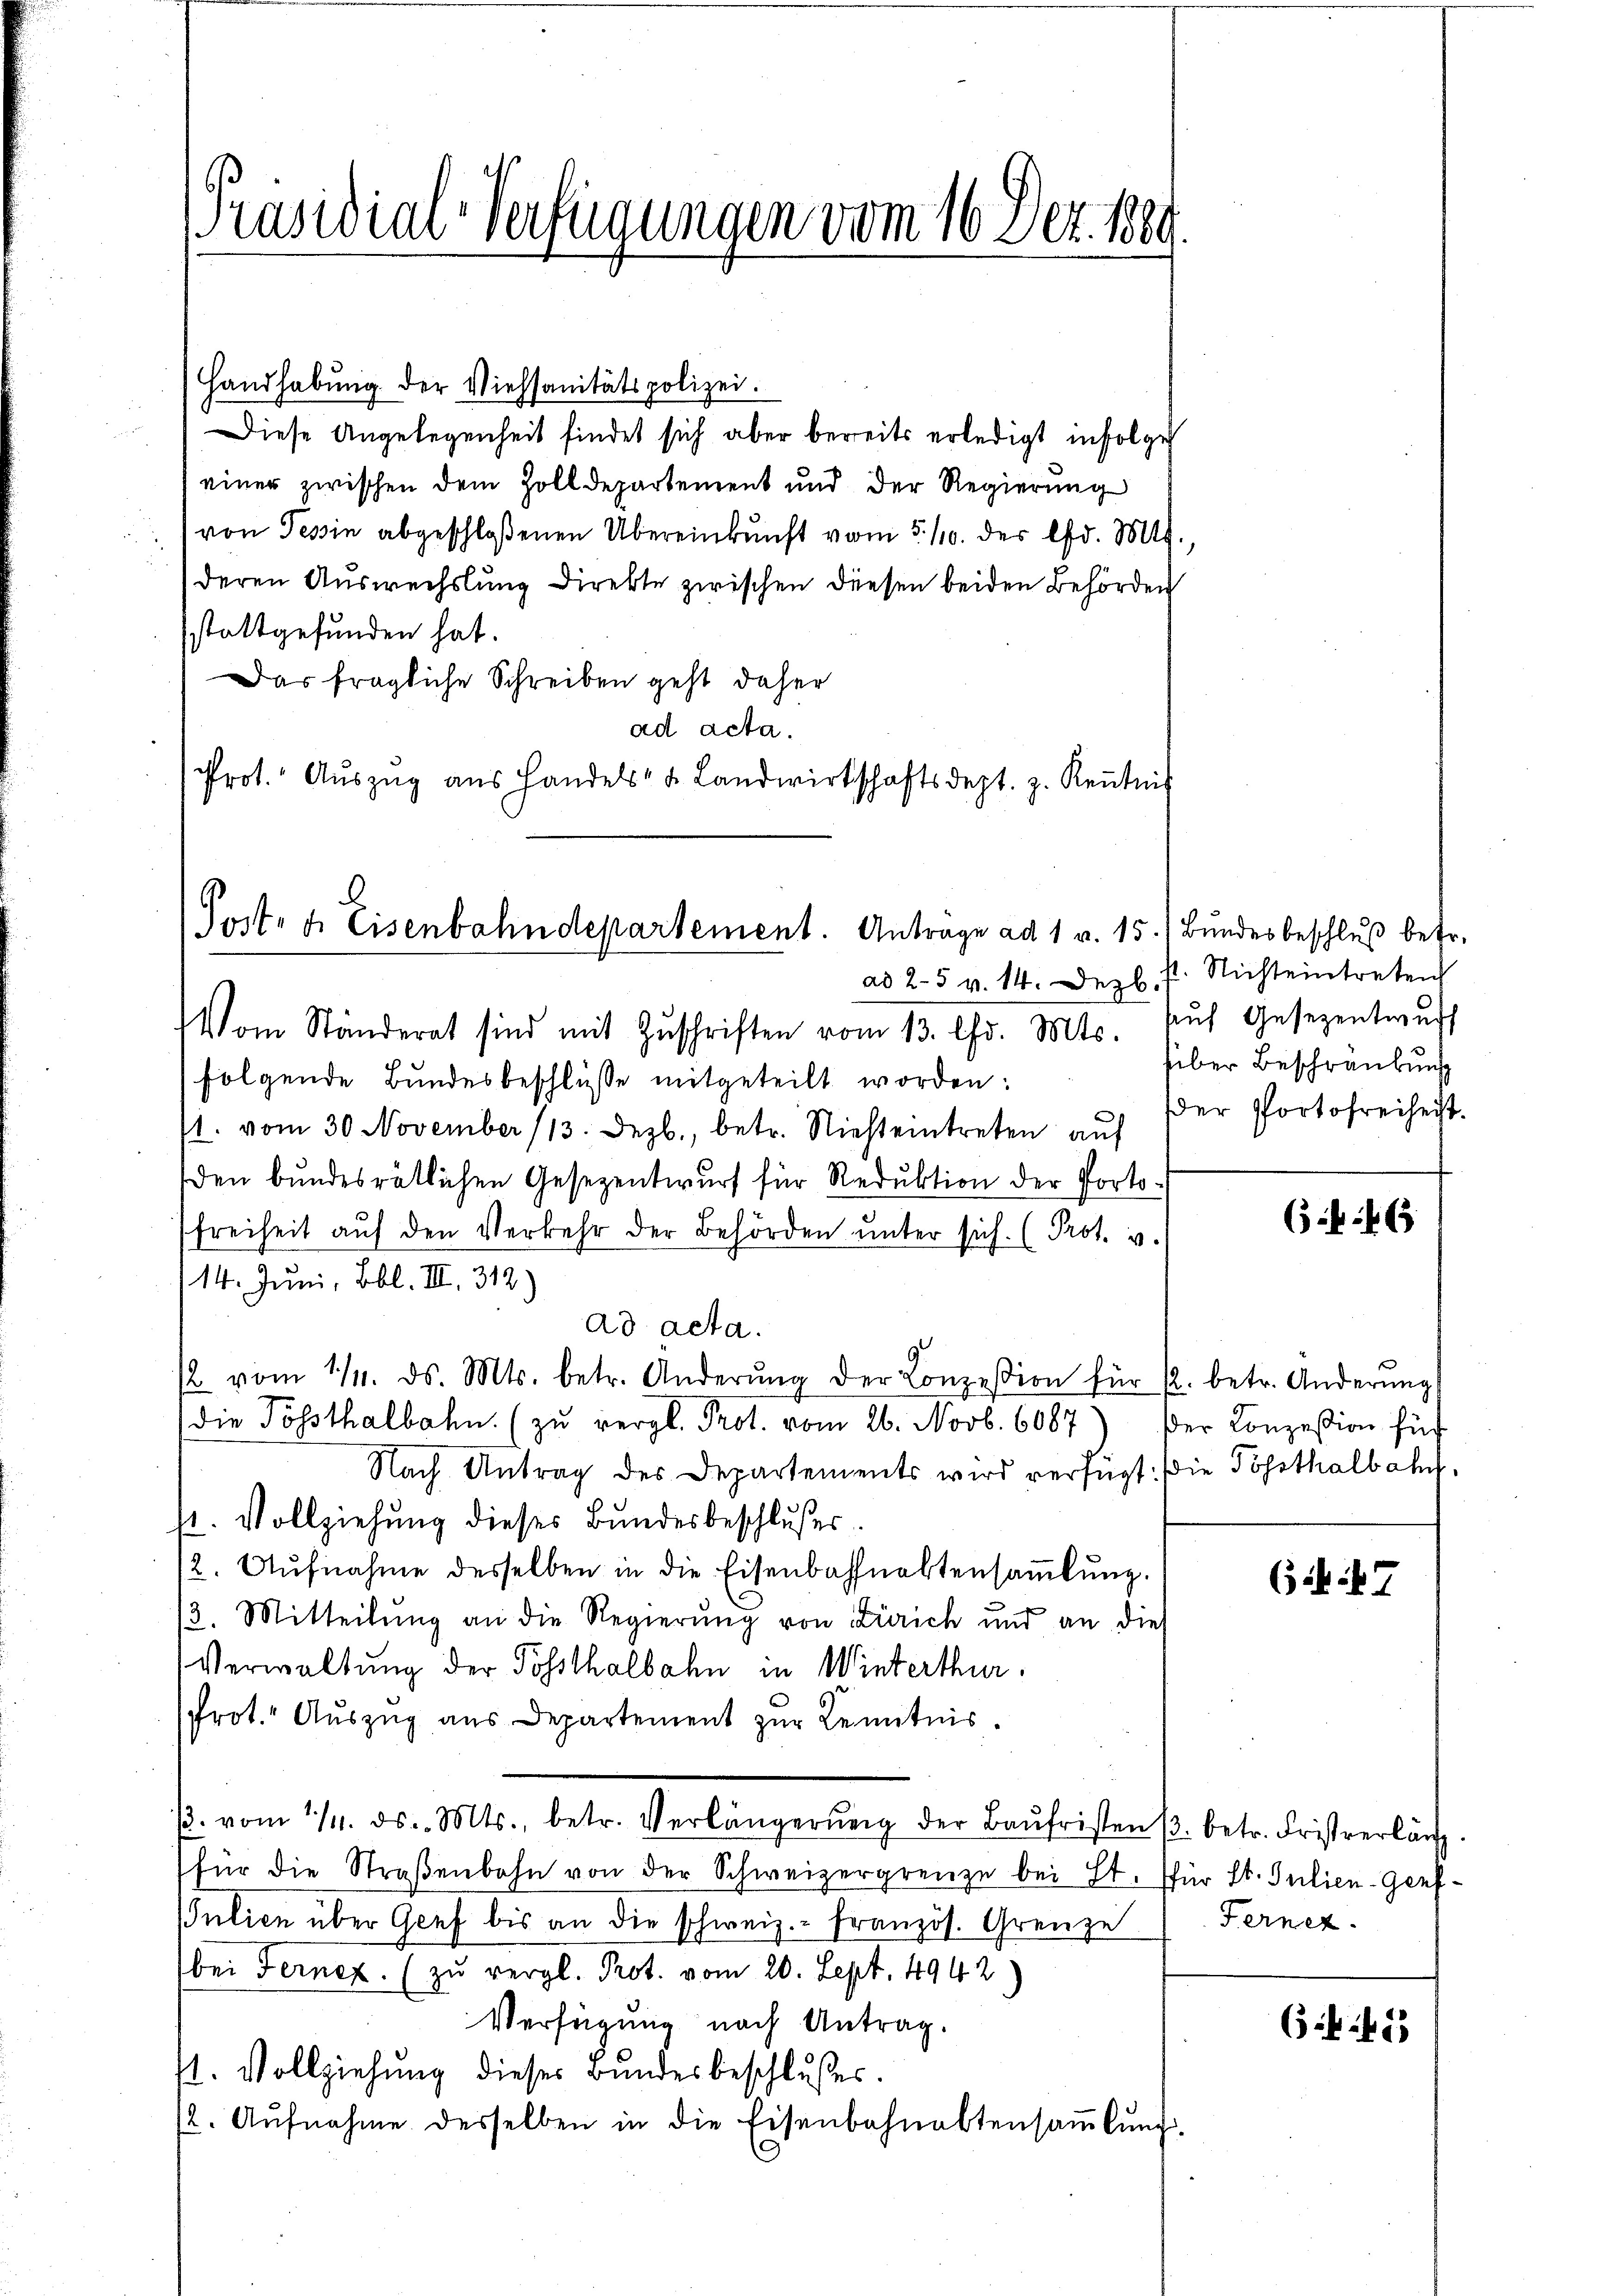
Präsidial-Verfügungen vom 16. Dez. 1880

Handhabŭng der Viehsanitätspolizei.
Diese Angelegenheit findet sich aber bereits erledigt infolge
einer zwischen dem Zolldepartement und der Regierŭng
von Tessin abgeschloßenen Übereinkunft vom 5. 110. des lfd. Mts.
deren Auswechslung direkte zwischen diesen beiden Behörden
stattgefunden hat.
Das fragliche Schreiben geht daher
ad acta.
Prot. Aŭszŭg ans Handels- u. Landwirtschaftsdept. z. Keṅtnis

Post- u. Eisenbahndepartement. Antrage ad 1 v. 15. Bŭndesbeschlŭβ befr.
ad 25 v. 14. Dezb.

Vom Ständerat sind mit Zŭschriften vom 13. Chr. Mts. aŭf Gesezentwŭrf
folgende Bundesbeschlüsse mitgeteilt worden:
/1. vom 30 November (13. Dezb., betr. Niesteintreten aŭf
den bundesrätlichen Gesezentwurf für Reduktion der Portofreiheit auf den Verkehr der Behörden unter sich. (Prot. v.
14. Juni, Bbl. III 312)
ad acta.
 vom 1/4. ds. Mts. betr. Änderŭng der Conzession für k. betr. Anderŭng
(die Posthalbahn. (zu vergl. Prot. vom 26. Novb. 6087
Nach Antrag des Departements wird verfügt: die Posthalbah
st. Vollziehŭng dieses Bundesbeschlußes
12. Aŭfnahme desselben in die Eisenbahnaktersaṁlŭng.
/2. Mitteilung an die Regierung von Zürich und an die
Verwaltung der Posthalbahn in Winterthur.
Prot. Auszug aus Departement zur Kenntnis.
/. vom 1/4. ds. Mts., betr. Verlängerŭng der Baŭfristen s. betr. Fristverlän
für die Straβenbahn von der Schweizergrenze bei St. für St. Julien-Gerf¬
Julien über Genf bis an die schweiz.- Französ. Grenze
bei Fernen. (zu vergl. Prot. vom 20. Sept. 4942
Verfügung nach Antrag.
11. Vollziehung dieses Bundesbeschlusses.
12. Aŭfnahme desselben in die Eisenbahnaktensaṁlŭng.

t. Nichteintreten
über Beschränkung
er Portofreiheit.

646

der Konzession für

67

Ferner

6 f 45